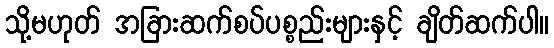
သို့မဟုတ် အခြားဆက်စပ်ပစ္စည်းများနှင့် ချိတ်ဆက်ပါ။